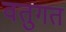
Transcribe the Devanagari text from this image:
वतुगत